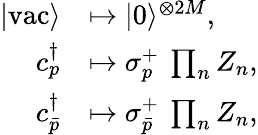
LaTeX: \begin{array}{rl}{|\mathrm{vac}\rangle}&{\mapsto|{0}\rangle^{\otimes 2M},}\\ {{c}_{p}^{\dagger}}&{\mapsto\sigma_{p}^{+}\: \prod_{n}{Z}_{n},}\\ {{c}_{\bar{p}}^{\dagger}}&{\mapsto\sigma_{\bar{p}}^{+}\: \prod_{n}{Z}_{n},}\end{array}